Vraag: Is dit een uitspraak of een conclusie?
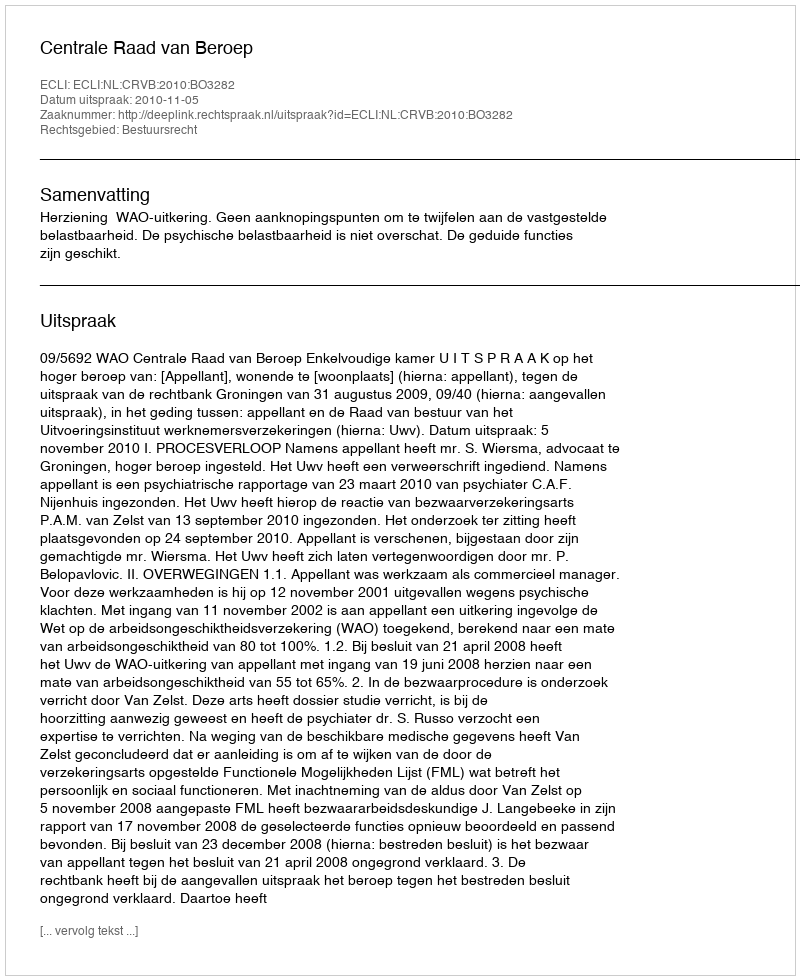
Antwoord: Uitspraak